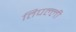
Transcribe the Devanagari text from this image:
तिपल्ली